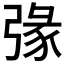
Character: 𢐄